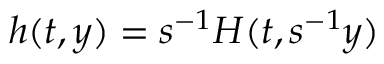
h ( t , y ) = s ^ { - 1 } H ( t , s ^ { - 1 } y )